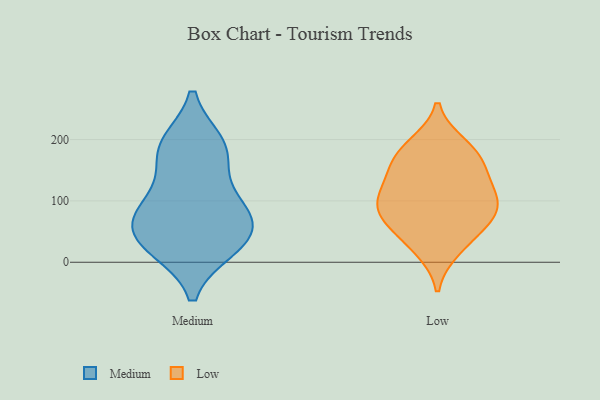
{"axis": {"x": "Production Output", "y": "Value"}, "legend": ["Low", "Medium"], "data": [{"x": "", "y": 179, "type": "Medium"}, {"x": "", "y": 27, "type": "Medium"}, {"x": "", "y": 183, "type": "Medium"}, {"x": "", "y": 46, "type": "Medium"}, {"x": "", "y": 99, "type": "Medium"}, {"x": "", "y": 90, "type": "Medium"}, {"x": "", "y": 49, "type": "Medium"}, {"x": "", "y": 25, "type": "Medium"}, {"x": "", "y": 79, "type": "Medium"}, {"x": "", "y": 191, "type": "Medium"}, {"x": "", "y": 93, "type": "Low"}, {"x": "", "y": 124, "type": "Low"}, {"x": "", "y": 114, "type": "Low"}, {"x": "", "y": 78, "type": "Low"}, {"x": "", "y": 190, "type": "Low"}, {"x": "", "y": 145, "type": "Low"}, {"x": "", "y": 75, "type": "Low"}, {"x": "", "y": 171, "type": "Low"}, {"x": "", "y": 41, "type": "Low"}, {"x": "", "y": 22, "type": "Low"}, {"x": "", "y": 84, "type": "Low"}, {"x": "", "y": 176, "type": "Low"}]}